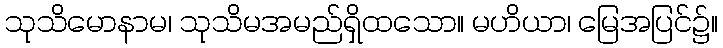
သုသိမောနာမ၊ သုသိမအမည်ရှိထသော။ မဟိယာ၊ မြေအပြင်၌။